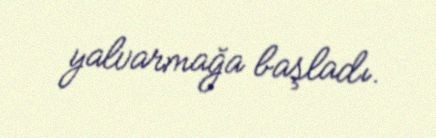
yalvarmağa başladı.